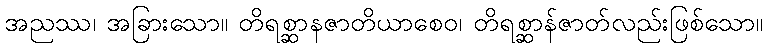
အညဿ၊ အခြားသော။ တိရစ္ဆာနဇာတိယာစေဝ၊ တိရစ္ဆာန်ဇာတ်လည်းဖြစ်သော။